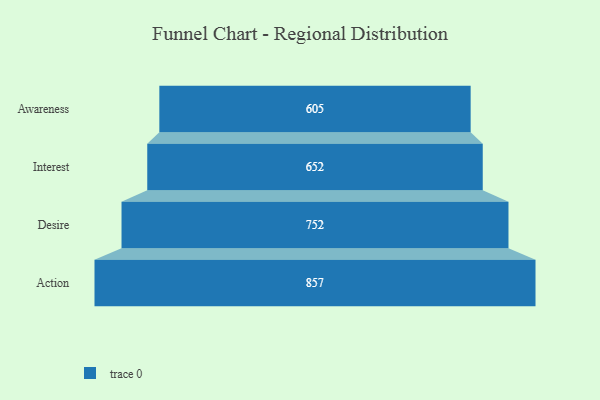
{"axis": {"x": "Stage", "y": "Value"}, "legend": [""], "data": [{"x": "Awareness", "y": 605.0, "type": ""}, {"x": "Interest", "y": 652.0, "type": ""}, {"x": "Desire", "y": 752.0, "type": ""}, {"x": "Action", "y": 857.0, "type": ""}]}